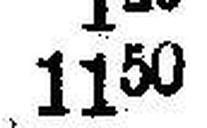
1150